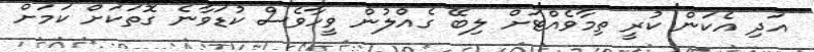
އަދި އެކަން ކުރީ ތިމާވެއްޓަށް ލިބޭ ގެއްލުން ވީހާވެސް ކުޑަވާނެ ގޮތަކަށް ކަމަށް